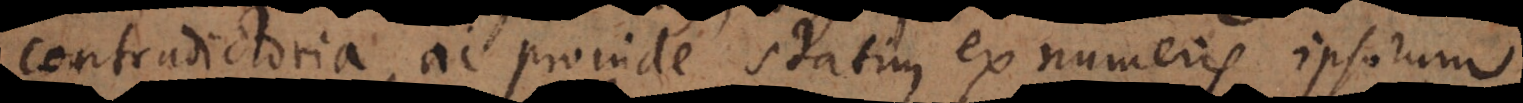
contradictoria, ac proinde statim ex numeris ipsorum